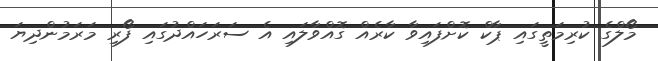
މޯލްގެ ކުރިމަތީގައި ޕާކް ކޮށްފައިވާ ކާރެއް ގޮއްވާލައި އެ ސަރަހައްދުގައި ފޯރި މަރަމުންދިޔަ